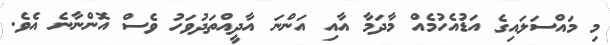
މި މައްސަލައިގެ އަޑުއެހުމެއް މާދަމާ އާއި އަންނަ އާދީއްތަދުވަހު ވެސް އޮންނާނެ އެވެ.